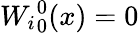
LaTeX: {W_{i}}_{0}^{0}(x)=0